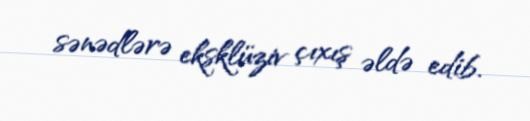
sənədlərə eksklüziv çıxış əldə edib.